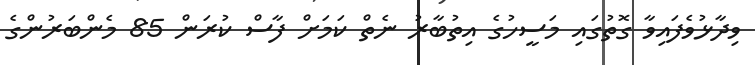
ވިދާޅުވެފައިވާ ގޮތުގައި މަސީހުގެ އިތުބާރު ނެތް ކަމަށް ފާސް ކުރަން 85 މެންބަރުންގެ